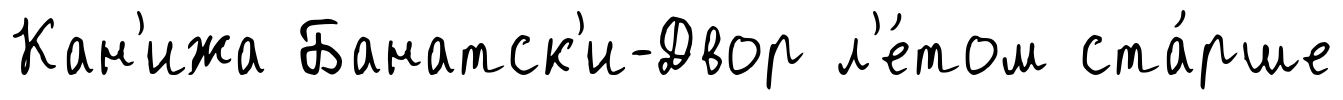
Кан'ижа Банатск'и-Двор л'е́том ста́рше